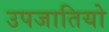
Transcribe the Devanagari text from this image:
उपजातियो